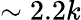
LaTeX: \sim 2.2k